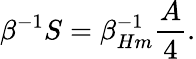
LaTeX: \beta^{-1}S=\beta_{Hm}^{-1}{\frac{A}{4}}.